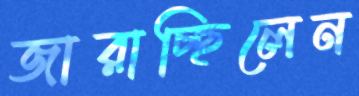
জারাচ্ছিলেন